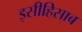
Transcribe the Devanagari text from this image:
इसीहिसाब